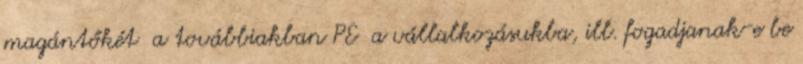
magántőkét a továbbiakban PE a vállalkozásukba, ill. fogadjanak-e be